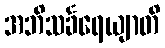
အဘိသင်္ခရေယျာတိ